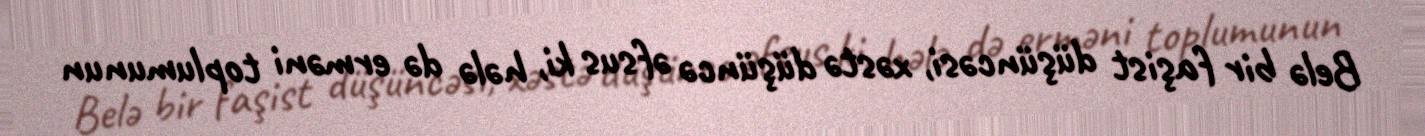
Belə bir faşist düşüncəsi, xəstə düşüncə əfsus ki, hələ də erməni toplumunun